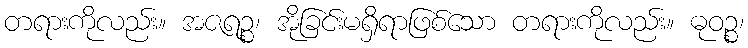
တရားကိုလည်း။ အဇရဉ္စ၊ အိုခြင်းမရှိရာဖြစ်သော တရားကိုလည်း။ ဓုဝဉ္စ၊